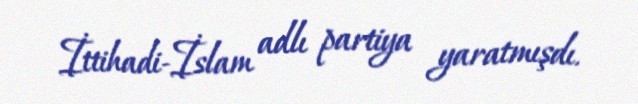
İttihadi-İslam adlı partiya yaratmışdı.